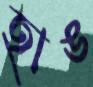
হাঙ